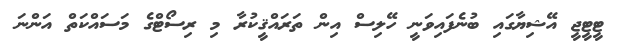
ޓީޓީޖީ އޭޝިޔާގައި ބުނެފައިވަނީ ހޭލިސް އިން ތަރައްޤީކުރާ މި ރިސޯޓްގެ މަސައްކަތް އަންނަ